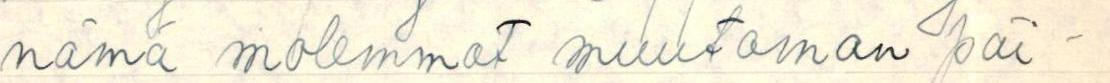
nämä molemmat muutaman päi-